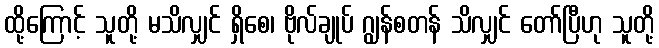
ထို့ကြောင့် သူတို့ မသိလျှင် ရှိစေ၊ ဗိုလ်ချုပ် ဂျွန်စတန် သိလျှင် တော်ပြီဟု သူတို့